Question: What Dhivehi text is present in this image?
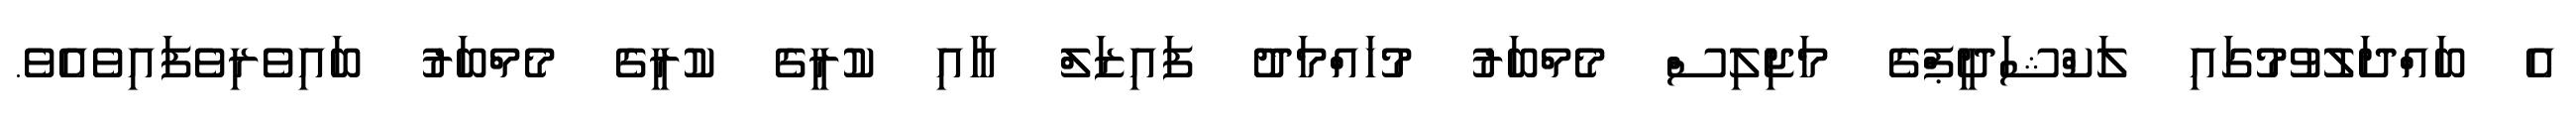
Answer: އެ ބައްދަލުވުމުގައި ލަކްޝަދީޕްގެ މަޖިލިސް މެމްބަރު މުހައްމަދު ފައިޒަލް އާއި ކުރީގެ ކުރީގެ މެމްބަރު ބައިވެރިވެފައިވެއެވެ.